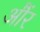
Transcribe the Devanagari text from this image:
औंर